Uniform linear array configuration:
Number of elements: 64
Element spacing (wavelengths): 0.25
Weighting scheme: hamming
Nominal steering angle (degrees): -30
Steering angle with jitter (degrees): -30.716
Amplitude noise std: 0.05
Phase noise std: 0.05

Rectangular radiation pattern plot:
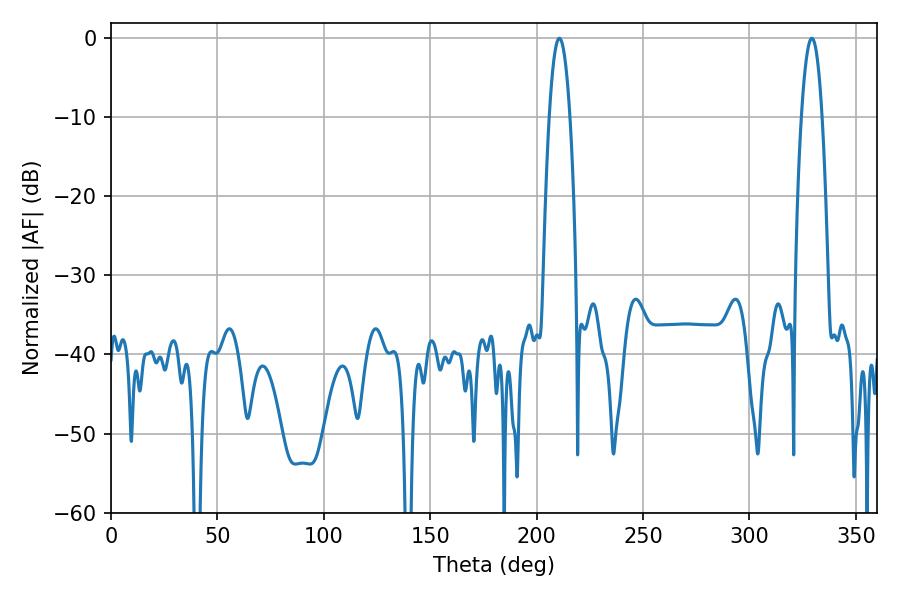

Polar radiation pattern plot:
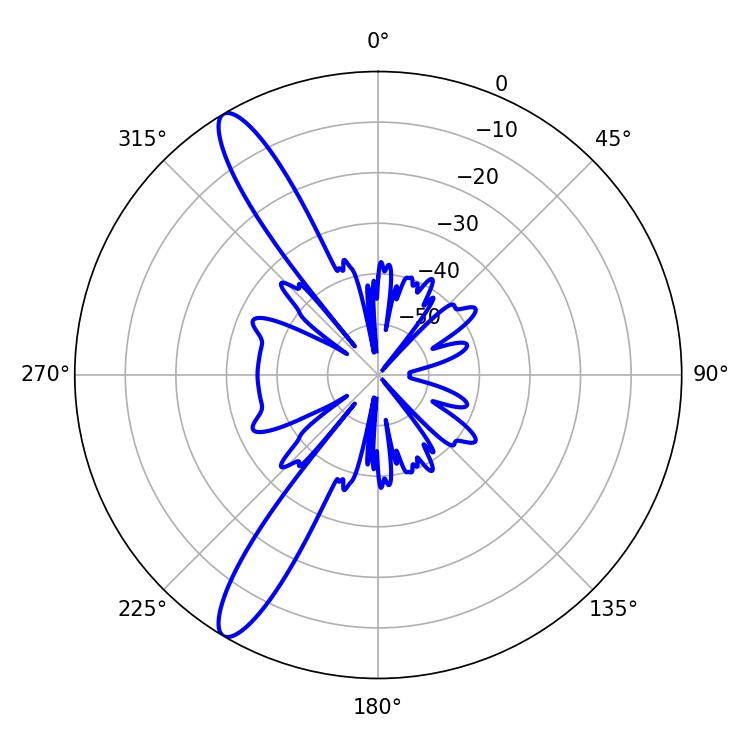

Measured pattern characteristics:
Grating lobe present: FALSE
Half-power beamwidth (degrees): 5.22
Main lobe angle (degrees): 210.6